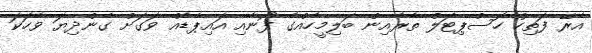
އެރޭ ފަތިހު ހޮސްޕިޓަލް ތެރެއިން ބަލިމީހެއްގެ ފޯނާއި އައިޕެޑެއް ވަގަށް ގެންދިޔަ ވާހަކަ